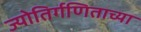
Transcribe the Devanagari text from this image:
ज्योतिर्गणिताच्या